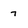
Character: 7